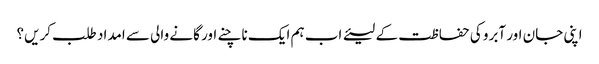
اپنی جان اور آبرو کی حفاظت کے لیئے اب ہم ایک ناچنے اور گانے والی سے امداد طلب کریں؟